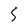
Character: 5